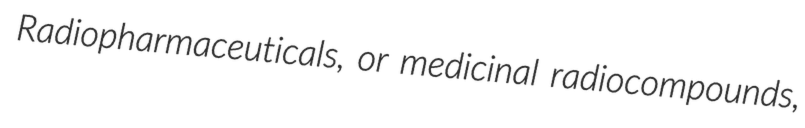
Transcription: Radiopharmaceuticals, or medicinal radiocompounds,